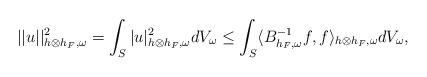
LaTeX: \begin{align*} ||u||^2_{h\otimes h_F,\omega}=\int_S|u|^2_{h\otimes h_F,\omega}dV_\omega\leq\int_S\langle B^{-1}_{h_F,\omega}f,f\rangle_{h\otimes h_F,\omega}dV_\omega, \end{align*}